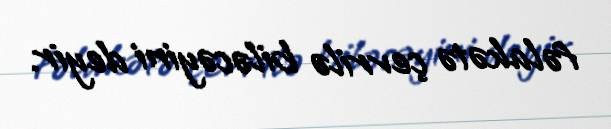
fəlakətə çevrilə biləcəyini deyir.